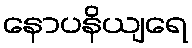
နောပနိယျရေ